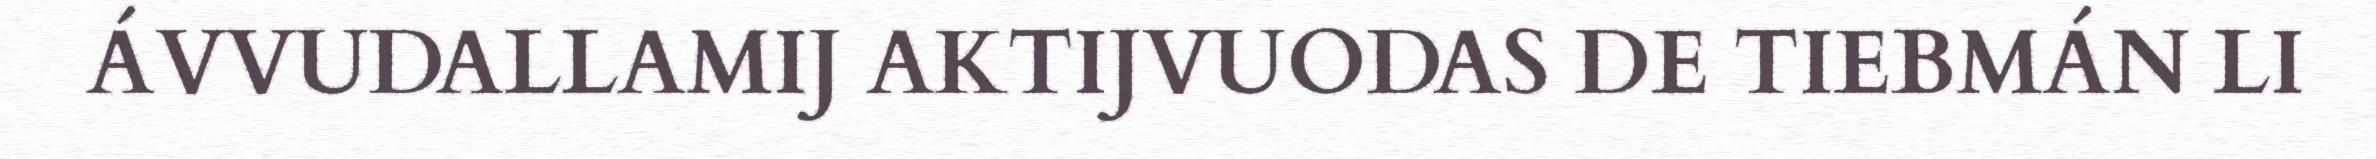
ÁVVUDALLAMIJ AKTIJVUODAS DE TIEBMÁN LI